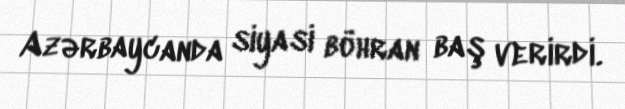
Azərbaycanda siyasi böhran baş verirdi.